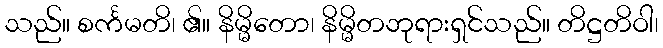
သည်။ စင်္ကမတိ၊ ၏။ နိမ္မိတော၊ နိမ္မိတဘုရားရှင်သည်။ တိဋ္ဌတိဝါ၊